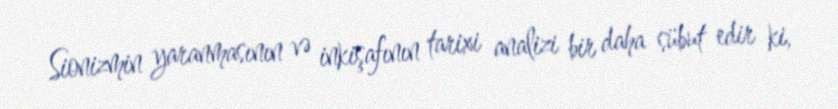
Sionizmin yaranmasının və inkişafının tarixi analizi bir daha sübut edir ki,